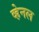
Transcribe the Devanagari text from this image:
व्हेनल